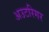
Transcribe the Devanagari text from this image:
अउटरिगर